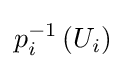
p_{i}^{-1}\left(U_{i}\right)